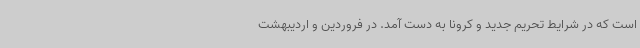
است که در شرایط تحریم جدید و کرونا به دست آمد. در فروردین و اردیبهشت